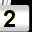
Digit: 2